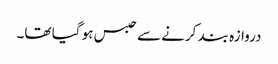
دروازہ بند کرنے سے حبس ہو گیا تھا۔